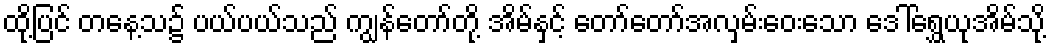
ထို့ပြင် တနေ့သ၌ ပယ်ပယ်သည် ကျွန်တော်တို့ အိမ်နှင့် တော်တော်အလှမ်းဝေးသော ဒေါ်ရွှေယုအိမ်သို့